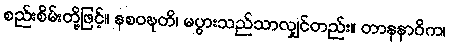
စည်းစိမ်းတို့ဖြင့်။ နစဝဍ္ဎတိ၊ မပွားသည်သာလျှင်တည်း။ တာနနာဝိက၊